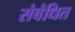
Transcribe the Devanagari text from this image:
संबंधित